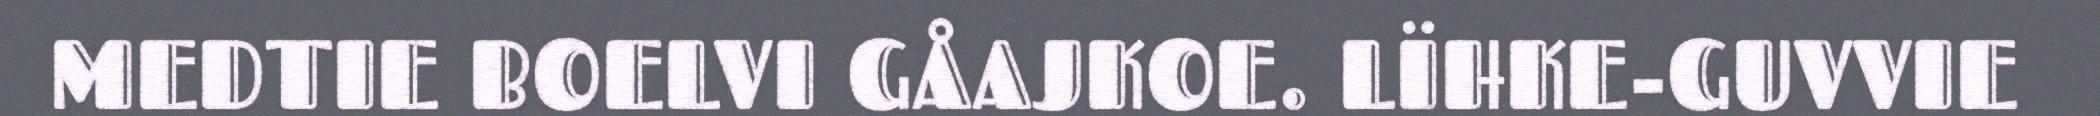
MEDTIE BOELVI GÅAJKOE. LÏHKE-GUVVIE